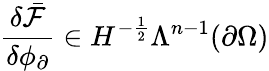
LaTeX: \frac{\delta\bar{\mathcal{F}}}{\delta\phi_{\partial}}\in H^{-\frac{1}{2}}\Lambda^{n-1}(\partial\Omega)